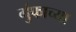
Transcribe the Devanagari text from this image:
गुंफाच्या